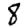
Digit: 8